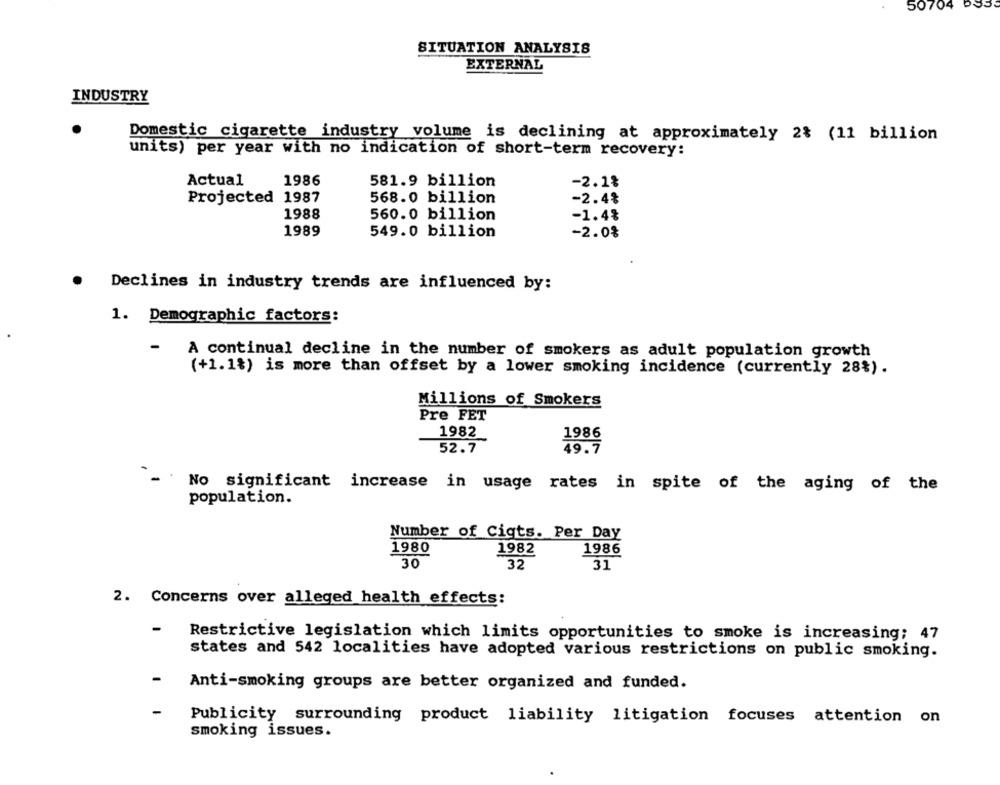
50704
SITUATION ANALYSIS
EXTERNAL
INDUSTRY
Domestic cigarette industry volume is declining at approximately 2% (11 billion
units) per year with no indication of short-term recovery:
Actual
1986
581.9 billion
-2.1%
Projected 1987
568.0 billion
-2.4%
1988
560.0 billion
-1.4%
1989
549.0 billion
-2.0%
Declines in industry trends are influenced by:
1. Demographic factors:
-
A continual decline in the number of smokers as adult population growth
(+1.1%) is more than offset by a lower smoking incidence (currently 28%).
Millions of Smokers
Pre FET
1982
1986
52.7
49.7
No significant increase in usage rates in spite of the aging of the
population.
Number of Cigts. Per Day
1980
1982
1986
30
31
32
2. Concerns over alleged health effects:
Restrictive legislation which limits opportunities to smoke is increasing; 47
states and 542 localities have adopted various restrictions on public smoking.
Anti-smoking groups are better organized and funded.
Publicity surrounding product liability litigation focuses attention on
smoking issues.